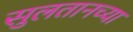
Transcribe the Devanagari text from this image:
सुलतानच्या